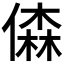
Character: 𠎊